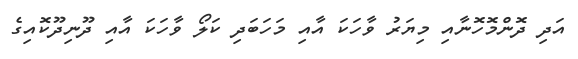
އަދި ދޮންމޮހޮނާއި މިޔަރު ވާހަކަ އާއި މަހަބަދި ކަލޯ ވާހަކަ އާއި ދޫނިދޫކޮއިގެ